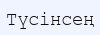
Түсінсең